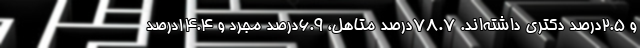
و ۲.۵درصد دکتری داشته‌اند. ۷۸.۷درصد متاهل، ۶.۹درصد مجرد و ۱۴.۴درصد